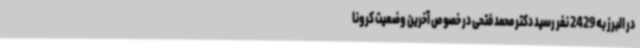
در البرز به 2429 نفر رسید دکتر محمد فتحی در خصوص آخرین وضعیت کرونا